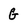
Character: g